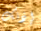
إذنك